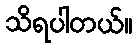
သိရပါတယ်။